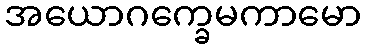
အယောဂက္ခေမကာမော